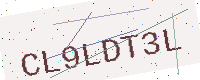
Text: CL9LDT3L